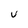
Character: u